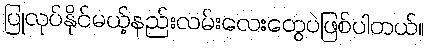
ပြုလုပ်နိုင်မယ့်နည်းလမ်းလေးတွေပဲဖြစ်ပါတယ်။